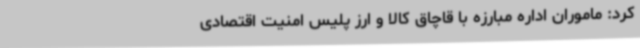
کرد: ماموران اداره مبارزه با قاچاق کالا و ارز پلیس امنیت اقتصادی